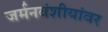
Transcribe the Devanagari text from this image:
जर्मनवंशीयांवर